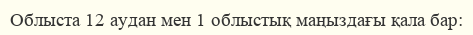
Облыста 12 аудан мен 1 облыстық маңыздағы қала бар: